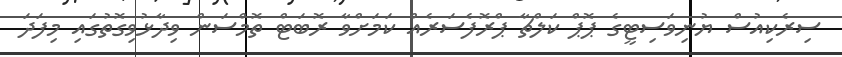
ސިރެކިއުސް ޔުނިވަސިޓީގެ ޕޮޕް ކަލްޗާ ޕްރޮފެސަރެއް ކަމަށްވާ ރޮބަޓް ތޮމްސަން ވިދާޅުވިގޮތުގައި މިފަދަ